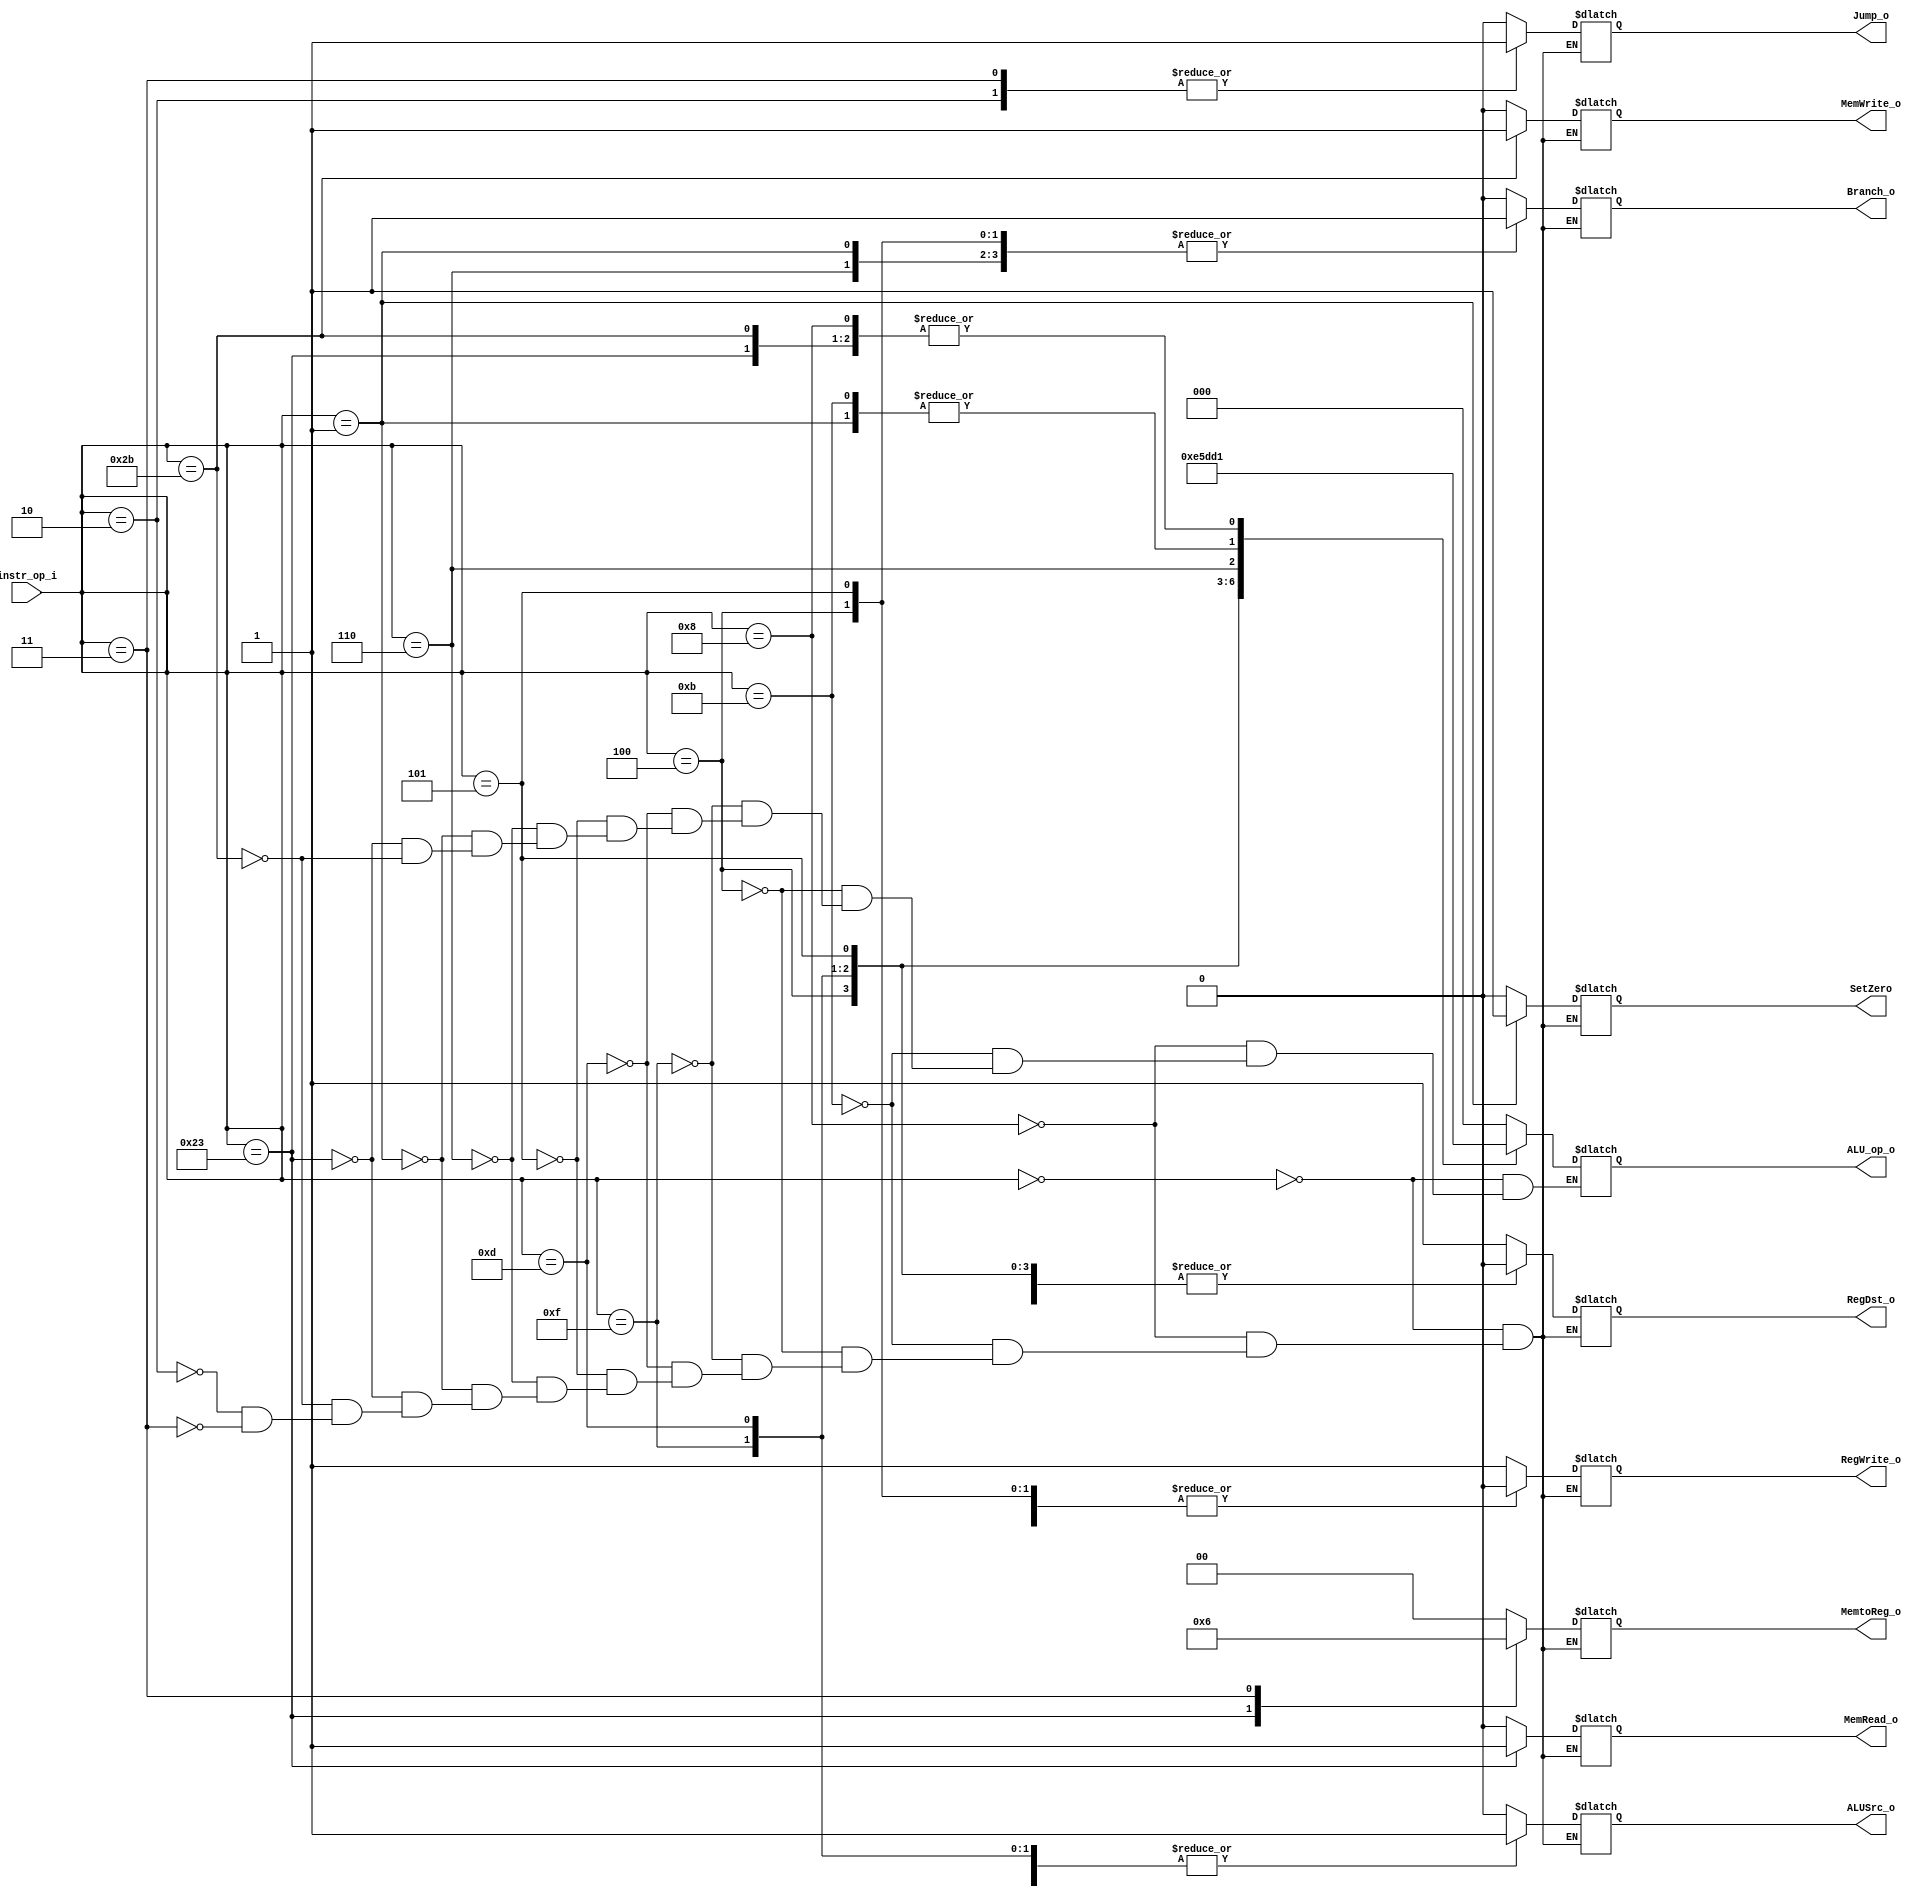
//Subject:     CO project 2 - Decoder
//--------------------------------------------------------------------------------
//Version:     1
//--------------------------------------------------------------------------------
//Writer:      
//----------------------------------------------
//Date:        
//----------------------------------------------
//Description: 
//--------------------------------------------------------------------------------

module Decoder(
    instr_op_i,
	RegWrite_o,
	ALU_op_o,
	ALUSrc_o,
	RegDst_o,
	Branch_o,
	Jump_o,
	MemRead_o,
	MemWrite_o,
	MemtoReg_o,
	SetZero
	);
     
//I/O ports
	input  [6-1:0] instr_op_i;

	output         RegWrite_o;
	output [3-1:0] ALU_op_o;
	output         ALUSrc_o;
	output         RegDst_o;
	output         Branch_o;
	output		   Jump_o;
	output		   MemRead_o;
	output		   MemWrite_o;
	output [2-1:0] MemtoReg_o;
	output		   SetZero;
 
//Internal Signals
	reg    [3-1:0] ALU_op_o;
	reg            ALUSrc_o;
	reg            RegWrite_o;
	reg            RegDst_o;
	reg            Branch_o;
	reg            Jump_o;
	reg            MemRead_o;
	reg            MemWrite_o;
	reg    [2-1:0] MemtoReg_o;
	reg            SetZero;

//Parameter
//assign
//Main function
always@(instr_op_i) begin
//	$display("instr_op_i=%b", instr_op_i);
	case(instr_op_i)
		6'b000000: begin //R-type
			RegWrite_o = 1;
			ALU_op_o = 3'b000;
			ALUSrc_o = 0;
			RegDst_o = 1;
			Branch_o = 0;
			Jump_o = 0;
			MemRead_o = 0;
			MemWrite_o = 0;
			MemtoReg_o = 0;
			SetZero = 0;
		 end
		6'b001000: begin //addi
			RegWrite_o = 1;
			ALU_op_o = 3'b001;
			ALUSrc_o = 1;
			RegDst_o = 0;
			Branch_o = 0;
			Jump_o = 0;
			MemRead_o = 0;
			MemWrite_o = 0;
			MemtoReg_o = 0;
			SetZero = 0;
		 end
		6'b001011: begin //sltiu
		 //6'b001001: begin //set less than u
			RegWrite_o = 1;
			ALU_op_o = 3'b010;
			ALUSrc_o = 1;
			RegDst_o = 0;
			Branch_o = 0;
			Jump_o = 0;
			MemRead_o = 0;
			MemWrite_o = 0;
			MemtoReg_o = 0;
			SetZero = 0;
		 end
		6'b000100: begin //beq
			RegWrite_o = 0;
			ALU_op_o = 3'b011;
			ALUSrc_o = 0;
			RegDst_o = 0;
			Branch_o = 1;
			Jump_o = 0;
			MemRead_o = 0;
			MemWrite_o = 0;
			MemtoReg_o = 0;
			SetZero = 0;
		 end
		6'b001111: begin //lui
			RegWrite_o = 1;
			ALU_op_o = 3'b100;
			ALUSrc_o = 1;
			RegDst_o = 0;
			Branch_o = 0;
			Jump_o = 0;
			MemRead_o = 0;
			MemWrite_o = 0;
			MemtoReg_o = 0;
			SetZero = 0;
		 end
		6'b001101: begin //ori
			RegWrite_o = 1;
			ALU_op_o = 3'b101;
			ALUSrc_o = 1;
			RegDst_o = 0;
			Branch_o = 0;
			Jump_o = 0;
			MemRead_o = 0;
			MemWrite_o = 0;
			MemtoReg_o = 0;
			SetZero = 0;
		 end
		6'b000101: begin //bnq
			RegWrite_o = 0;
			ALU_op_o = 3'b110;
			ALUSrc_o = 0;
			RegDst_o = 0;
			Branch_o = 1;
			Jump_o = 0;
			MemRead_o = 0;
			MemWrite_o = 0;
			MemtoReg_o = 0;
			SetZero = 0;
		 end
		6'b000110: begin //ble
			RegWrite_o = 0;
			ALU_op_o = 3'b111;
			ALUSrc_o = 0;
			RegDst_o = 0;
			Branch_o = 1;
			Jump_o = 0;
			MemRead_o = 0;
			MemWrite_o = 0;
			MemtoReg_o = 0;
			SetZero = 0;
		 end
		/*6'b000101: begin //bnez
			RegWrite_o = 0;
			ALU_op_o = 3'b010;
			ALUSrc_o = 0;
			RegDst_o = 0;
			Branch_o = 1;
			Jump_o = 0;
			MemRead_o = 0;
			MemWrite_o = 0;
			MemtoReg_o = 0;
			SetZero = 1;
		 end*/
		6'b000001: begin //bltz
			RegWrite_o = 0;
			ALU_op_o = 3'b010;
			ALUSrc_o = 0;
			RegDst_o = 0;
			Branch_o = 1;
			Jump_o = 0;
			MemRead_o = 0;
			MemWrite_o = 0;
			MemtoReg_o = 0;
			SetZero = 1;
		 end
		6'b100011: begin //lw
			ALU_op_o = 3'b001;
			ALUSrc_o = 1;
			RegWrite_o = 1;
			RegDst_o = 0;
			Branch_o = 0;
			Jump_o = 0;
			MemRead_o = 1;
			MemWrite_o = 0;
			MemtoReg_o = 1;
			SetZero = 0;
		 end
		6'b101011: begin //sw
			RegWrite_o = 0;
			ALU_op_o = 3'b001;
			ALUSrc_o = 1;
			RegDst_o = 0;
			Branch_o = 0;
			Jump_o = 0;
			MemRead_o = 0;
			MemWrite_o = 1;
			MemtoReg_o = 0;
			SetZero = 0;
		 end
		6'b000010: begin //jump 
			RegWrite_o = 0;
			ALU_op_o = ALU_op_o; //don't care
			ALUSrc_o = 1;
			RegDst_o = 0;
			Branch_o = 0;
			Jump_o = 1;
			MemRead_o = 0;
			MemWrite_o = 0;
			MemtoReg_o = 0;
			SetZero = 0;
		 end
		6'b000011: begin //jal
			RegWrite_o = 1;
			ALU_op_o = ALU_op_o; //don't care
			ALUSrc_o = 1;
			RegDst_o = 0;
			Branch_o = 0;
			Jump_o = 1;
			MemRead_o = 0;
			MemWrite_o = 0;
			MemtoReg_o = 2;
			SetZero = 0;
		 end
	endcase
end

endmodule